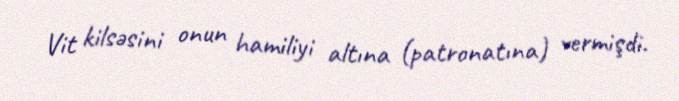
Vit kilsəsini onun hamiliyi altına (patronatına) vermişdi.